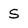
Character: S